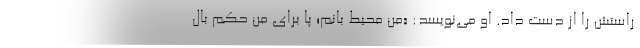
راستش را از دست داد. او می‌نویسد: «من محیط بانم؛ پا برای من حکم بال